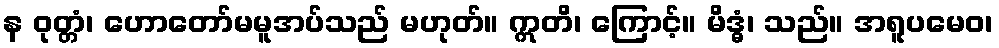
န ဝုတ္တံ၊ ဟောတော်မမူအပ်သည် မဟုတ်။ ဣတိ၊ ကြောင့်။ မိဒ္ဓံ၊ သည်။ အရူပမေဝ၊